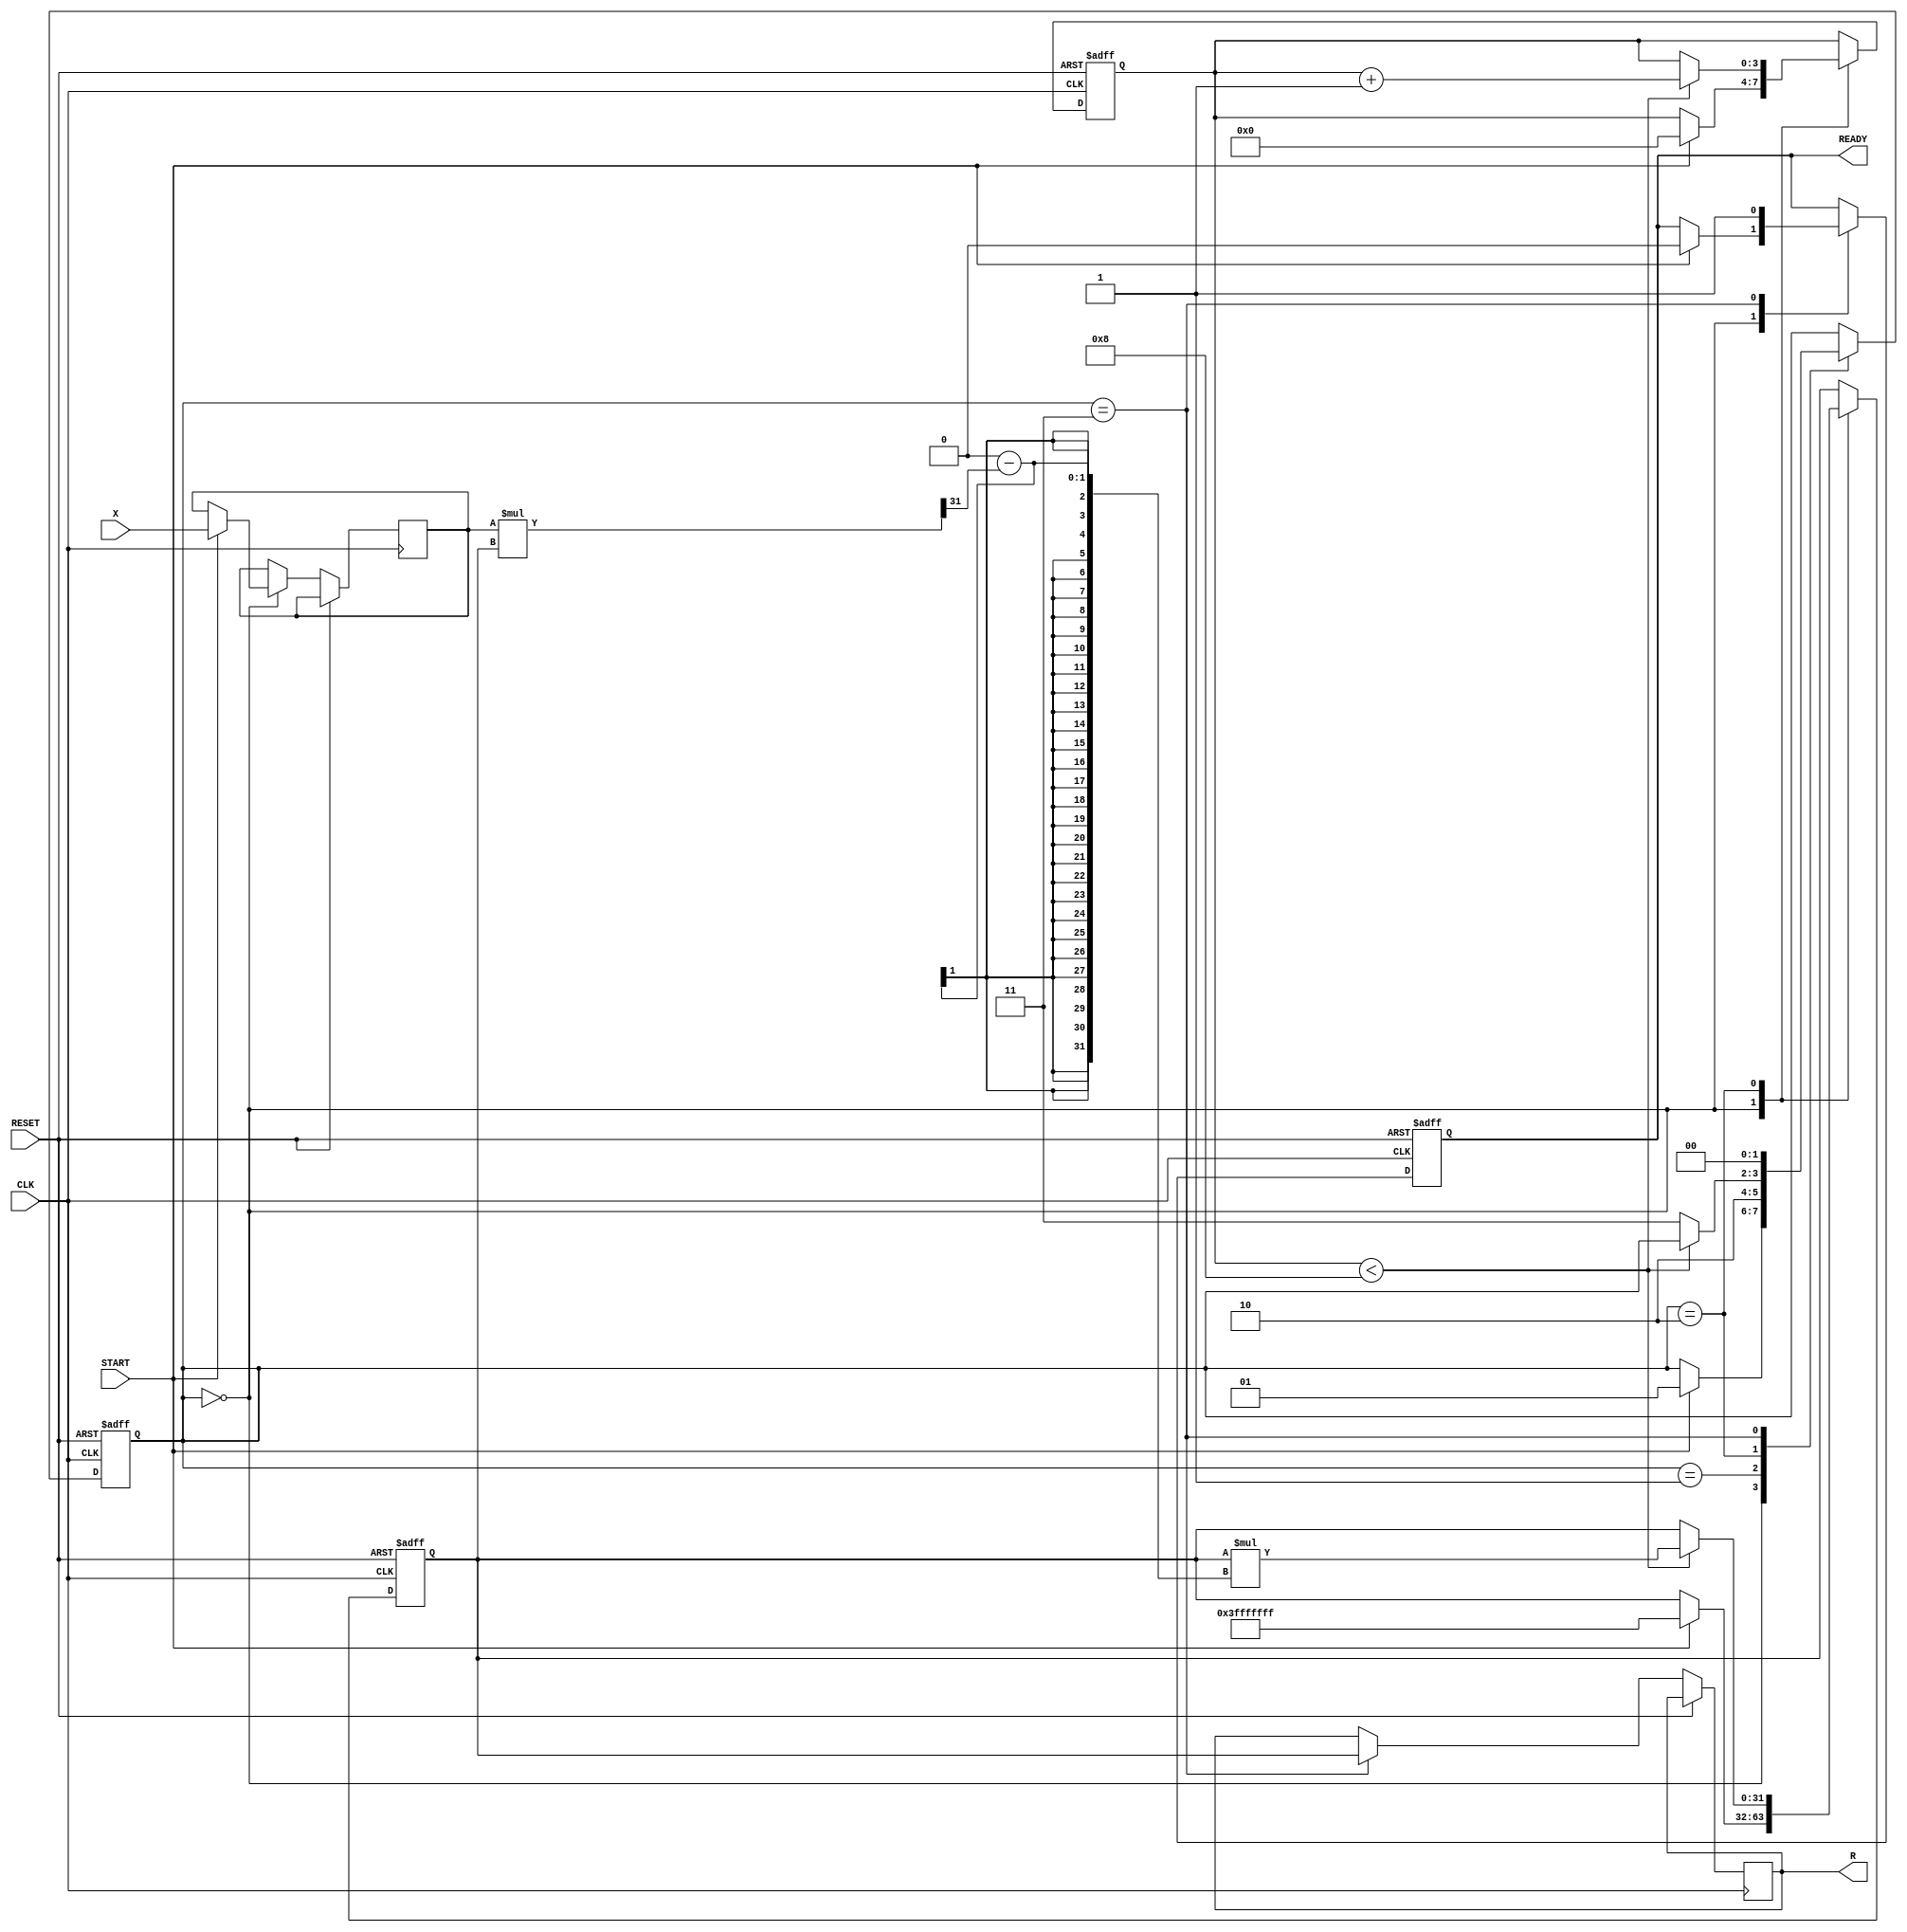
module NewtonRaphsonReciprocal (
    input wire [31:0] X,          // Input data (fixed-point representation of the number)
    input wire START,             // Start signal
    input wire CLK,               // Clock signal
    input wire RESET,             // Reset signal
    output reg [31:0] R,          // Reciprocal result
    output reg READY              // Ready signal
);

    // Internal Registers
    reg [31:0] X_reg;             // Register to hold the input value
    reg [31:0] R_reg;             // Register to hold the current approximation 
    reg [3:0] iteration_count;    // Register to keep count of iterations
    reg [1:0] state;              // State of the FSM

    // Constants
    parameter IDLE      = 2'b00;  // Idle state
    parameter INIT      = 2'b01;  // Initialization state
    parameter ITERATION  = 2'b10;  // Iteration state
    parameter DONE      = 2'b11;  // Done state
    parameter MAX_ITERATIONS = 4'd8; // Define maximum iterations for convergence

    // Initial settings
    initial begin
        R_reg = 32'b0;
        iteration_count = 4'b0;
        READY = 1'b0;
        state = IDLE;
    end

    always @(posedge CLK or posedge RESET) begin
        if (RESET) begin
            // Asynchronous reset
            R_reg <= 32'b0;
            iteration_count <= 4'b0;
            READY <= 1'b0;
            state <= IDLE;
        end else begin
            case (state)
                IDLE: begin
                    if (START) begin
                        // Load input value and initialize R_reg
                        X_reg <= X;
                        R_reg <= 32'h3FFFFFFF; // Initial guess (1/2, assuming fixed-point)
                        iteration_count <= 4'b0;
                        state <= INIT;
                        READY <= 1'b0;
                    end
                end

                INIT: begin
                    // Move to iteration state
                    state <= ITERATION;
                end

                ITERATION: begin
                    if (iteration_count < MAX_ITERATIONS) begin
                        // Update R using the Newton-Raphson formula
                        R_reg <= R_reg * (32'h2_00000000 - (X_reg * R_reg >> 31)); // Shift for fixed-point multiplication
                        iteration_count <= iteration_count + 1;
                    end else begin
                        // Maximum iterations reached, go to done state
                        state <= DONE;
                    end
                end

                DONE: begin
                    // Output the result and assert READY signal 
                    R <= R_reg;   // Set the output result
                    READY <= 1'b1; // Indicate that the calculation is complete
                    state <= IDLE; // Return to idle state
                end

                default: state <= IDLE;
            endcase
        end
    end

endmodule